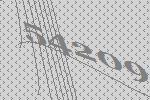
54209